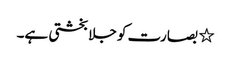
٭ بصارت کو جلا بخشتی ہے۔